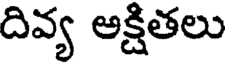
దివ్య అక్షితలు